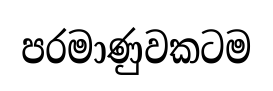
පරමාණුවකටම